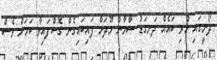
ދޯނީގައި ހުރި ބައެއް ދަނގަޑު ސާމާނު މޫދަށް ފައިބައިގެން ގޮސްފައިވާ ކަމަށް ވެސް